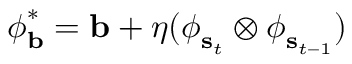
\begin{array} { r } { \boldsymbol { \phi } _ { \mathbf { b } } ^ { * } = \mathbf { b } + \eta ( \boldsymbol { \phi } _ { \mathbf { s } _ { t } } \otimes \boldsymbol { \phi } _ { \mathbf { s } _ { t - 1 } } ) } \end{array}